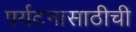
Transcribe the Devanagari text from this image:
पर्यटनासाठीची